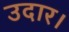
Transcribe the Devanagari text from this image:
उदार।